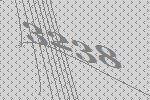
3238